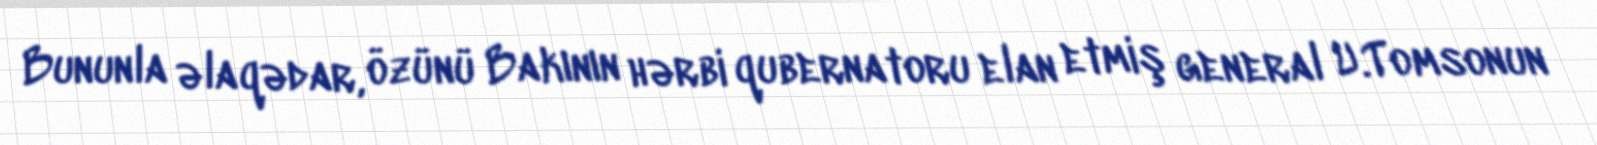
Bununla əlaqədar, özünü Bakının hərbi qubernatoru elan etmiş general U.Tomsonun